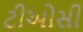
ટીઓસી